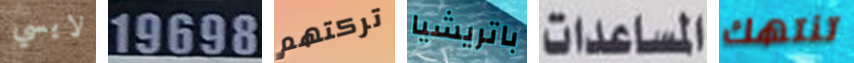
لايسي 19698 تركتهم باتريشيا المساعدات تنتهك